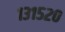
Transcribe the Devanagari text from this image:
१३१५२०